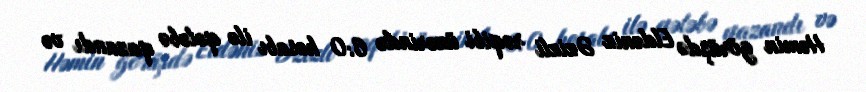
Həmin görüşdə Eldəniz Əzizli rəqibi üzərində 6:0 hesabı ilə qələbə qazandı və